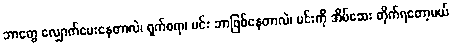
ဘာတွေ လျှောက်မေးနေတာလဲ၊ ရှက်စရာ၊ မင်း ဘာဖြစ်နေတာလဲ၊ မင်းကို အိပ်ဆေး တိုက်ရတော့မယ်